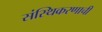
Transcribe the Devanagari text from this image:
संस्थिकरणाची